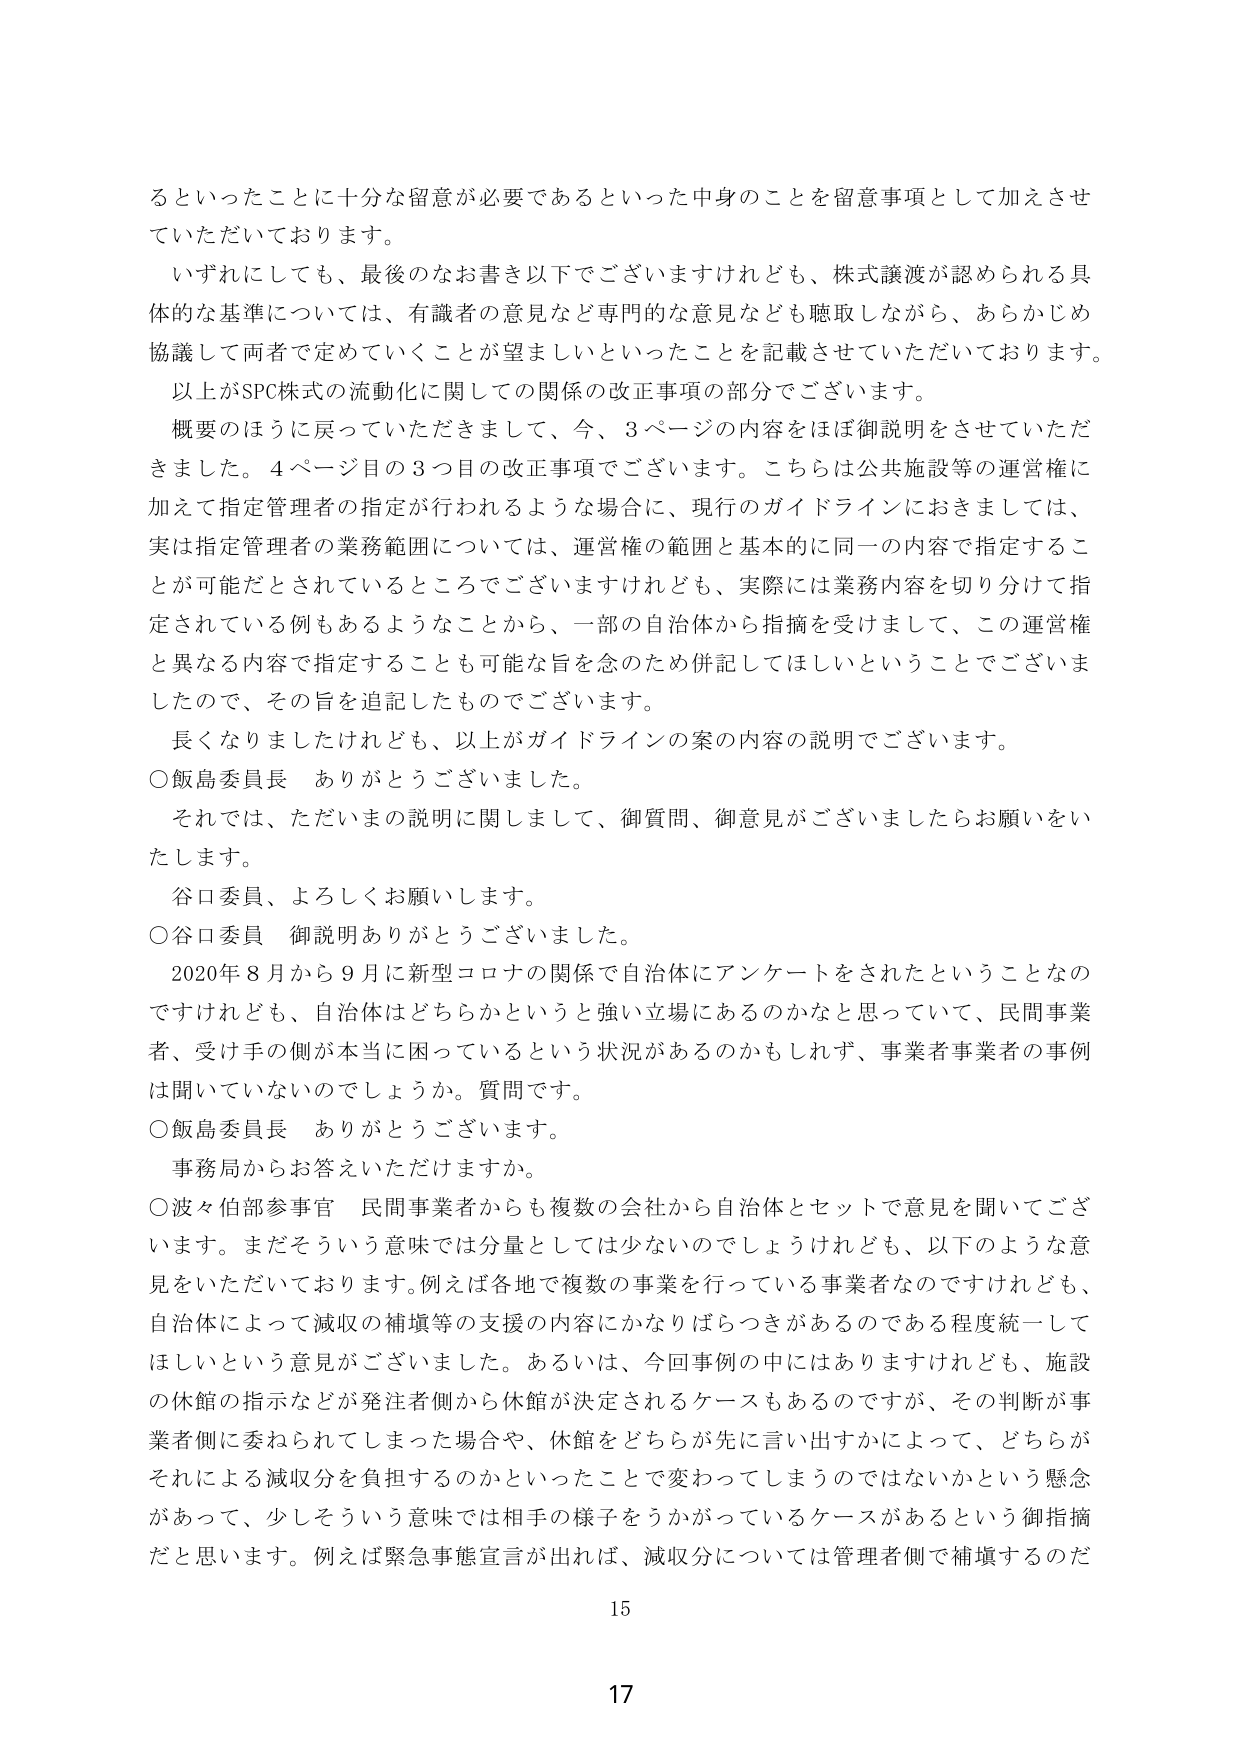
るといったことに十分な留意が必要であるといった中身のことを留意事項として加えさせていただいております。

いずれにしても、最後のなお書き以下でございますけれども、株式譲渡が認められる具体的な基準については、有識者の意見など専門的な意見なども聴取しながら、あらかじめ協議して両者で定めていくことが望ましいといったことを記載させていただいております。

以上がSPC株式の流動化に関しての関係の改正事項の部分でございます。

概要のほうに戻っていただきまして、今、3ページの内容をほぼ御説明をさせていただきました。4ページ目の3つ目の改正事項でございます。こちらは公共施設等の運営権に加えて指定管理者の指定が行われるような場合に、現行のガイドラインにおきましては、実は指定管理者の業務範囲については、運営権の範囲と基本的に同一の内容で指定することが可能だとされているところでございますけれども、実際には業務内容を切り分けて指定されている例もあるようなことから、一部の自治体から指摘を受けまして、この運営権と異なる内容で指定することも可能な旨を念のため併記してほしいということでございましたので、その旨を追記したものでございます。

長くなりましたけれども、以上がガイドラインの案の内容の説明でございます。

○飯島委員長　ありがとうございます。

それでは、ただいまの説明に関しまして、御質問、御意見がございましたらお願いをいたします。

谷口委員、よろしくお願いします。

○谷口委員　御説明ありがとうございました。

2020年8月から9月に新型コロナの関係で自治体にアンケートをされたということなのですが、自治体はどちらかというと強い立場にあるのかなと思っていて、民間事業者、受け手の側が本当に困っているという状況があるのかもしれず、事業者事業者の事例は聞いていないのでしょうか。質問です。

○飯島委員長　ありがとうございます。

事務局からお答えいただけますか。

○波々伯部参事官　民間事業者からも複数の会社から自治体とセットで意見を聞いてございます。まだそういう意味では分量としては少ないのでしょうけれども、以下のような意見をいただいております。例えば各地で複数の事業を行っている事業者なのですが、自治体によって減収の補填等の支援の内容にかなりばらつきがあるのである程度統一してほしいという意見がございました。あるいは、今回事例の中にはありますけれども、施設の休館の指示などが発注者側から休館が決定されるケースもあるのですが、その判断が事業者側に委ねられてしまった場合や、休館をどちらが先に言い出すかによって、どちらがそれによる減収分を負担するのかといったことで変わってしまうのではないかという懸念があって、少しそういう意味では相手の様子をうかがっているケースがあるという御指摘だと思います。例えば緊急事態宣言が出れば、減収分については管理者側で補填するのだ

15

17